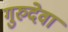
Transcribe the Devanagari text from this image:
गुरुदेवा